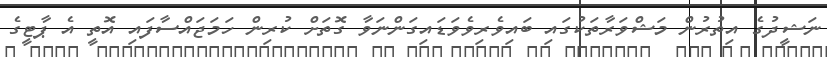
ނަޝީދުގެ އިތުރުން މަޝްވަރާތަކުގައި ބައިވެރިވެވަޑައިގަންނަވާ ގޮތަށް ކުރިން ހަމަޖައްސާފައި އޮތީ އެ ޕާޓީގެ